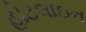
હોટલાઇન